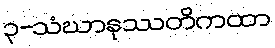
၃-သံဃာနုဿတိကထာ